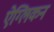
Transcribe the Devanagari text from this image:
ऐग्लिकन